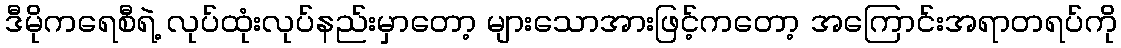
ဒီမိုကရေစီရဲ့ လုပ်ထုံးလုပ်နည်းမှာတော့ များသောအားဖြင့်ကတော့ အကြောင်းအရာတရပ်ကို